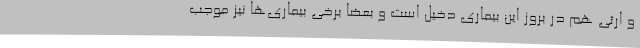
و ارثی هم در بروز این بیماری دخیل است و بعضا برخی بیماری‌ها نیز موجب